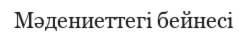
Мәдениеттегі бейнесі